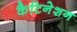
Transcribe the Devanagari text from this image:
कैटिनेशन